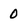
Character: 0